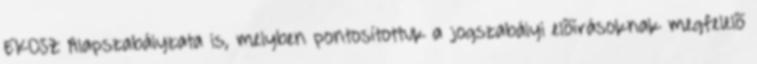
EKOSZ Alapszabályzata is, melyben pontosítottuk a jogszabályi elõírásoknak megfelelõ